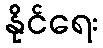
နိုင်ရေး